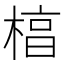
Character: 𬃬